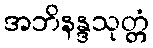
အဘိနန္ဒသုတ္တံ